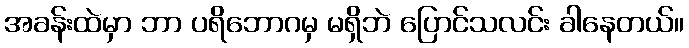
အခန်းထဲမှာ ဘာ ပရိဘောဂမှ မရှိဘဲ ပြောင်သလင်း ခါနေတယ်။